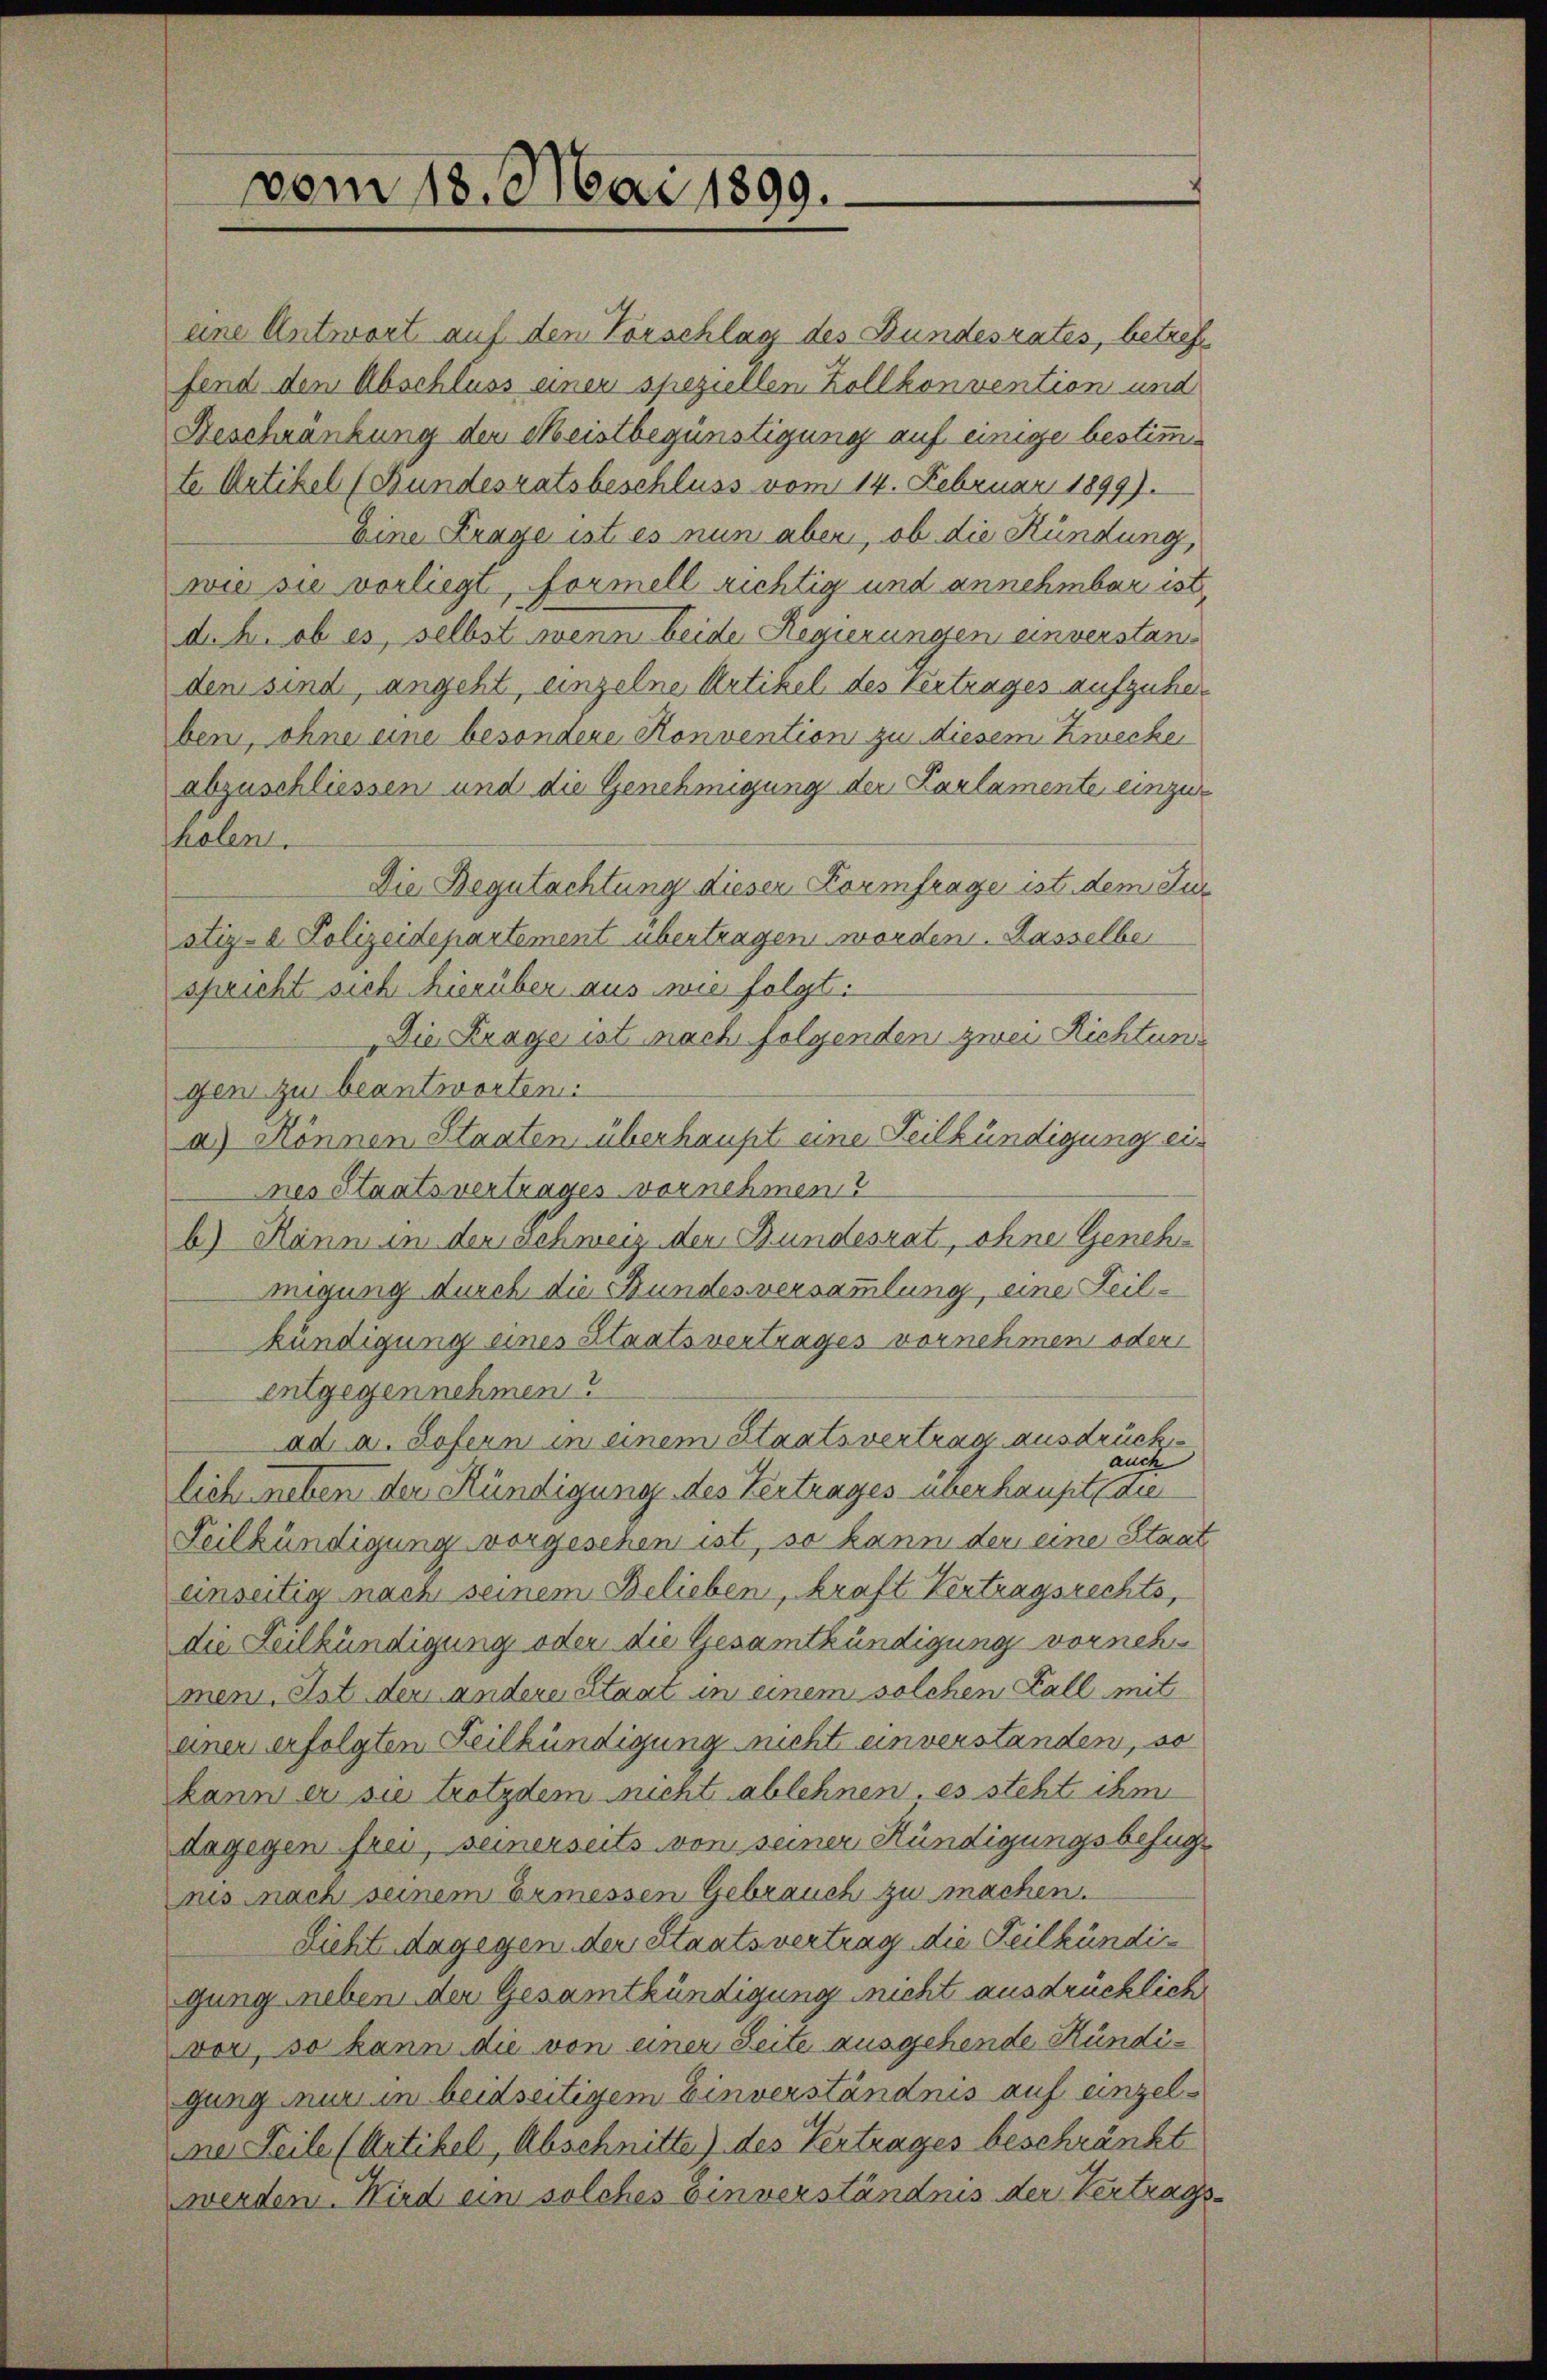
vom 18. Mai 1899.

eine Antwort auf den Vorschlag des Bundesrates, betreffend den Abschluss einer speziellen Zollkonvention und
Beschränkung der Meistbegünstigung auf einige bestimmte Artikel (Bundesratsbeschluss vom 14. Februar 1899).
Eine Frage ist es nun aber, ob die Kündung,
wie sie vorliegt, formell richtig und annehmbar ist
d. h. ob es, selbst wenn beide Regierungen einverstanden sind, angeht, einzelne Artikel des Vertrages aufzuhe
ben, ohne eine besondere Konvention zu diesem Zwecke
abzuschliessen und die Genehmigung der Karlamente einzuholen.
Die Begutachtung dieser Kormfrage ist dem Jur
stiz- & Polizeidepartement übertragen worden. Kasselbe
spricht sich hierüber aus wie folgt:
Die Krage ist nach folgenden zwei Richtung
gen zu beantworten:
a.) Können Staaten, überhaupt eine Teilbündigung eines Staatsvertrages vornehmen?
b) Kann in der schweiz der Bundesrat ohne Genehmigung durch die Bundesversammlung, eine Teilkündigung eines Staatsvertrages vornehmen oder
entgegennehmen?
ad a. Sofern in einem Staatsvertrag ausdrück
auch
lich neben der Kündigung des Vertrages überhaupt die
Teilbündigung vorgesehen ist, so kann der eine Staat
einseitig nach seinem Belieben, kraft Vertragsrechts,
die Feilkündigung oder die Gesamtkündigung vorneh
men. Ist der andere Staat in einem solchen Fall mit
einer erfolgten Feilkündigung nicht unverstanden, so
kann er sie trotzdem nicht ablehnen. es steht ihm
dagegen frei, seinerseits von seiner Kündigungsbefugnis nach seinem Ermessen Gebrauch zu machen.
Licht dagegen der Staatsvertrag die Teilkündig
gung neben der Gesamtkündigung nicht ausdrücklich
vor, so kann die von einer Seite ausgehende Kündigung nur in beidseitigem Einverständnis auf einzelner Zeile (Artikel, Abschnitte) des Vertrages beschränkt
werden. Wird ein solches Einverständnis der Vertrags-